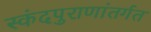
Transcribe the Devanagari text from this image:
स्कंदपुराणांतर्गत